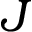
J